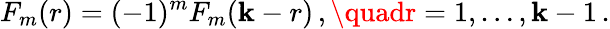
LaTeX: F_{m}(r)=(-1)^{m}F_{m}(\mathbf{k}-r)\, ,\quadr=1,\ldots,\mathbf{k}-1\, .